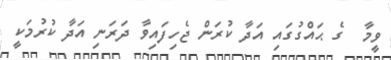
ވީމާ  ގެ ޙައްގުގައި އަދާ ކުރަން ޖެހިފައިވާ ދަރަނި އަދާ ކުރުމަކީ